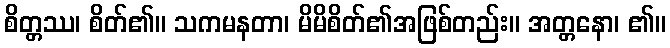
စိတ္တဿ၊ စိတ်၏။ သကမနတာ၊ မိမိစိတ်၏အဖြစ်တည်း။ အတ္တနော၊ ၏။